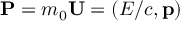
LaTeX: { \boldsymbol { \mathbf { P } } } = m _ { 0 } { \boldsymbol { \mathbf { U } } } = ( E / c , \mathbf { p } )